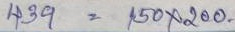
439 = 150 x 200